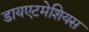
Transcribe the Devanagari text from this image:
डायएटमेशियस